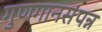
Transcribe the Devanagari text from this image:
गुणगानसंपन्न